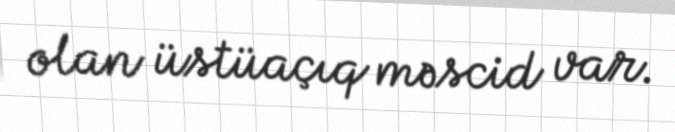
olan üstüaçıq məscid var.